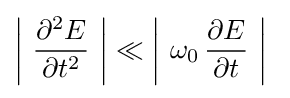
\displaystyle \left|\ {\frac {\partial ^{2}E}{\partial t^{2}}}\ \right|\ll \left|\ \omega _{0}\,{\frac {\partial E}{\partial t}}\ \right|\